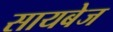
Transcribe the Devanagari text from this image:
सायबेज